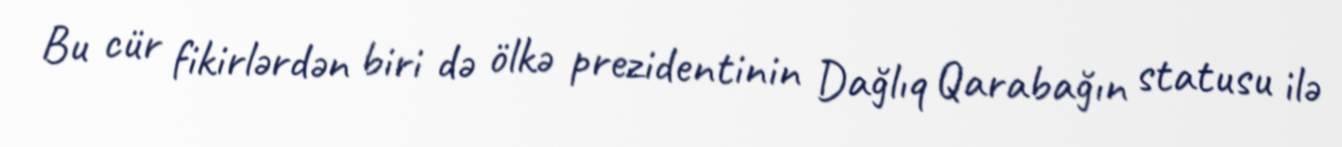
Bu cür fikirlərdən biri də ölkə prezidentinin Dağlıq Qarabağın statusu ilə